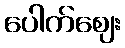
ပေါက်ဈေး